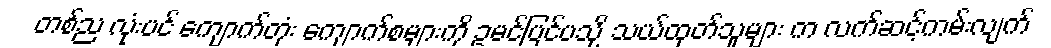
တစ်ည လုံးပင် ကျောက်တုံး ကျောက်စများကို ဥမင်ပြင်ပသို့ သယ်ထုတ်သူများ က လက်ဆင့်ကမ်းလျက်